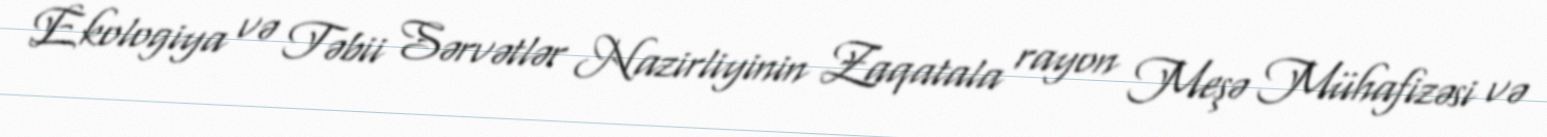
Ekologiya və Təbii Sərvətlər Nazirliyinin Zaqatala rayon Meşə Mühafizəsi və